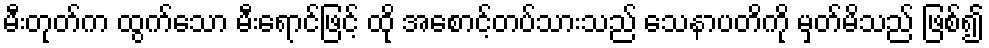
မီးတုတ်က ထွက်သော မီးရောင်ဖြင့် ထို အစောင့်တပ်သားသည် သေနာပတိကို မှတ်မိသည် ဖြစ်၍